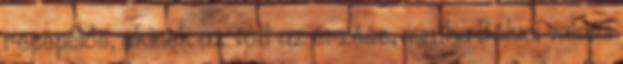
recepciós, akinek az volt az érzése, mintha Béluci valami